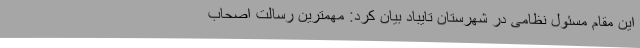
این مقام مسئول نظامی در شهرستان تایباد بیان کرد: مهمترین رسالت اصحاب